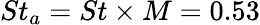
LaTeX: St_{a}=St\times M=0.53